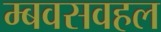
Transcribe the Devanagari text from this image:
म्बवसवहल